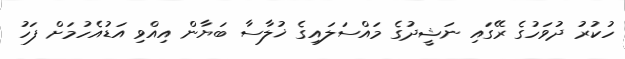
ހުކުރު ދުވަހުގެ ރޭގައި ނަޝީދުގެ މައްސަލައިގެ ޚުލާސާ ބަޔާން އިއްވި އަޑުއެހުމަށް ފަހު